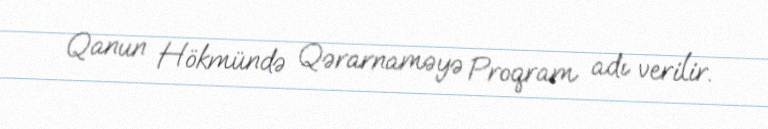
Qanun Hökmündə Qərarnaməyə Proqram adı verilir.